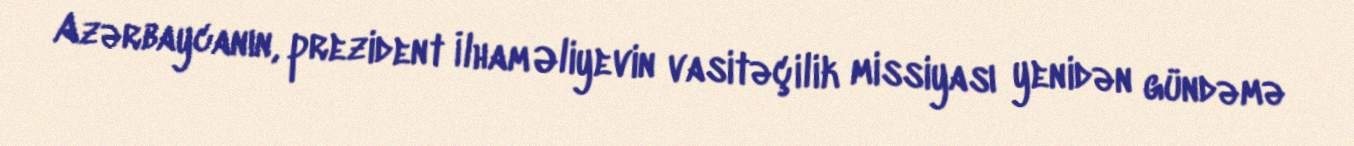
Azərbaycanın, prezident İlham Əliyevin vasitəçilik missiyası yenidən gündəmə